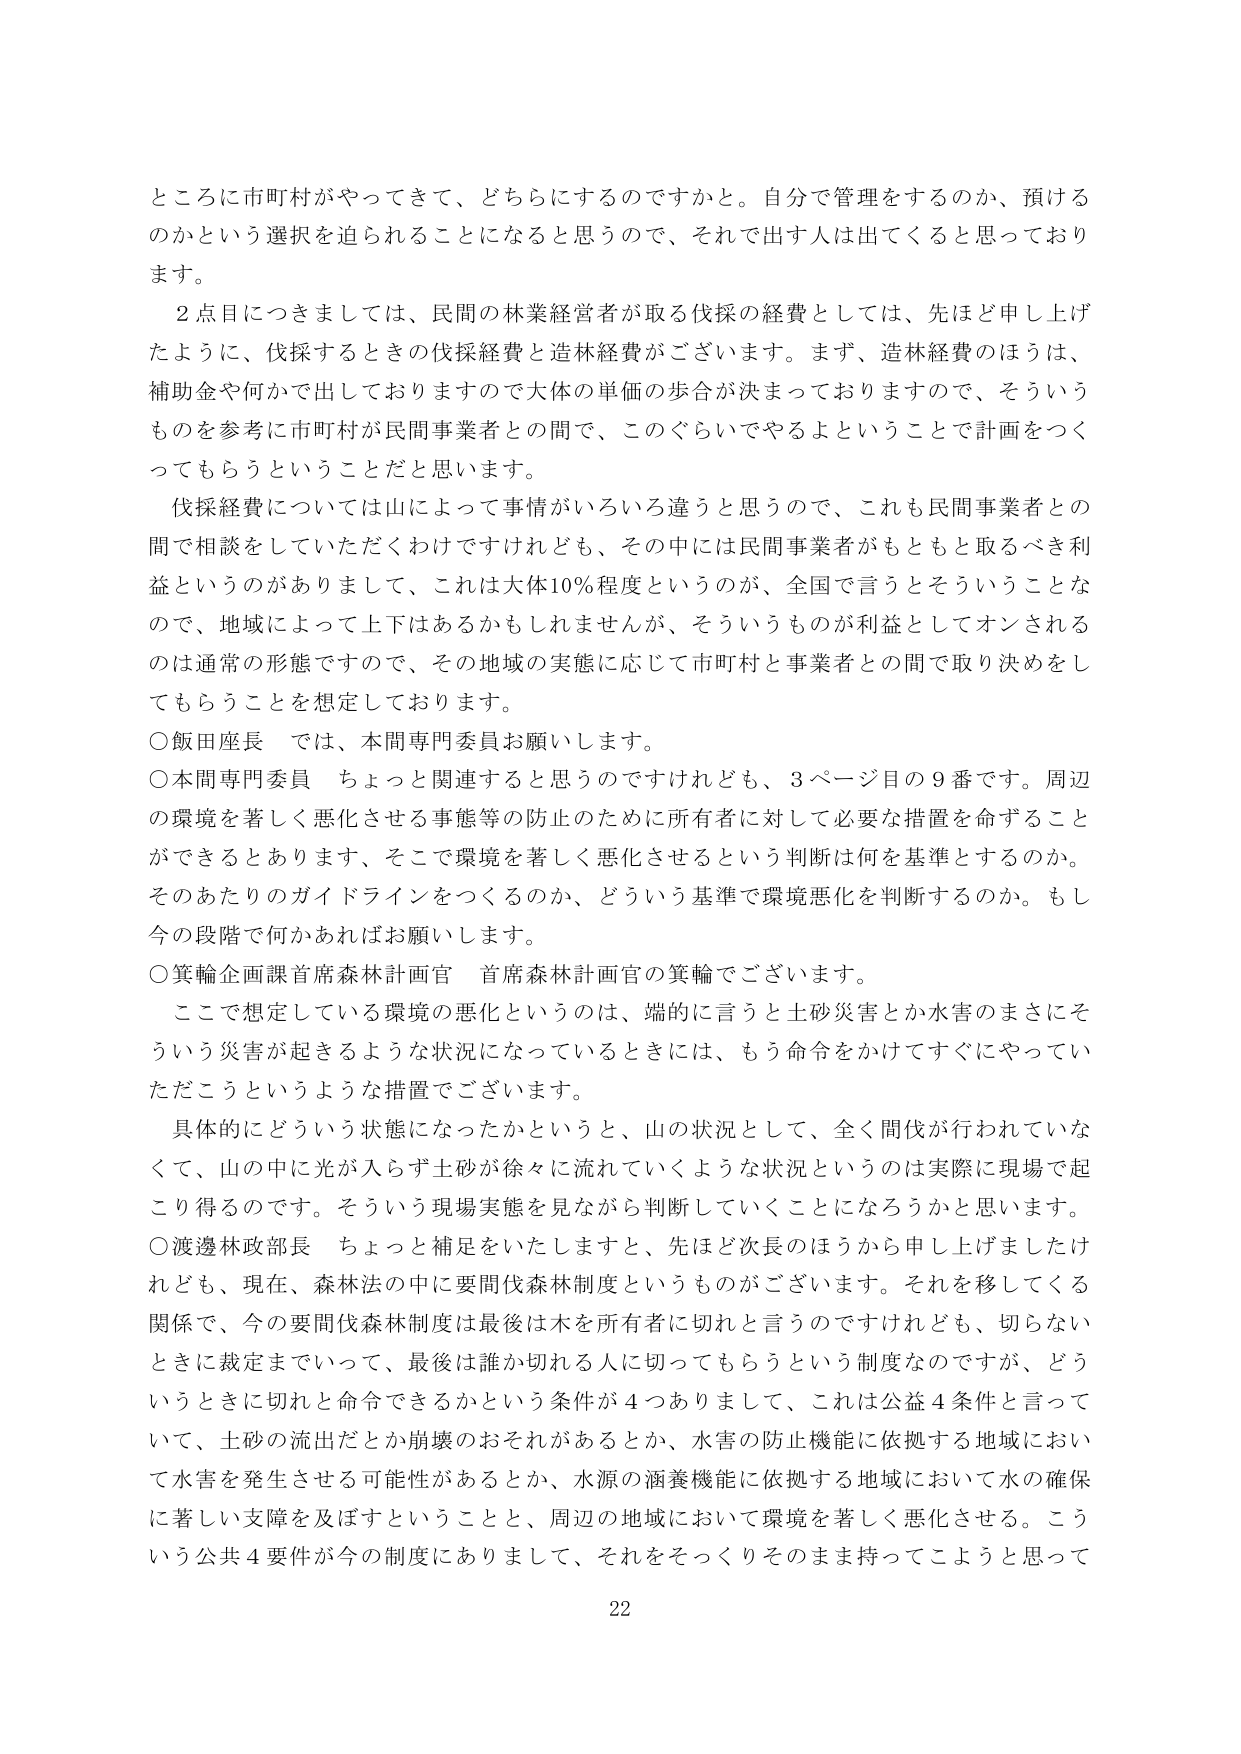
ところに市町村がやってきて、どちらにするのですかと。自分で管理をするのか、預けるのかという選択を迫られることになると思うので、それで出す人は出てくると思っております。

２点目につきましては、民間の林業経営者が取る伐採の経費としては、先ほど申し上げたように、伐採するときの伐採経費と造林経費がございます。まず、造林経費のほうは、補助金や何かで出しておりますので大体の単価の歩合が決まっておりますので、そういうものを参考に市町村が民間事業者との間で、このぐらいでやるよということで計画をつくってもらうということだと思います。

伐採経費については山によって事情がいろいろ違うと思うので、これも民間事業者との間で相談をしていただくわけですけれども、その中には民間事業者がもともと取るべき利益というのがありまして、これは大体10％程度というのが、全国で言うとそういうことなので、地域によって上下はあるかもしれませんが、そういうものが利益としてオンされるのは通常の形態ですので、その地域の実態に応じて市町村と事業者との間で取り決めをしてもらうことを想定しております。

○飯田座長　では、本間専門委員お願いします。

○本間専門委員　ちょっと関連すると思うのですけれども、３ページ目の９番です。周辺の環境を著しく悪化させる事態等の防止のために所有者に対して必要な措置を命ずることができるとあります、そこで環境を著しく悪化させるという判断は何を基準とするのか。そのあたりのガイドラインをつくるのか、どういう基準で環境悪化を判断するのか。もしこの段階で何かあればお願いします。

○箕輪企画課首席森林計画官　首席森林計画官の箕輪でございます。

ここで想定している環境の悪化というのは、端的に言うと土砂災害とか水害のまさにそういう災害が起きるような状況になっているときには、もう命令をかけてすぐにやっていただくこういうような措置でございます。

具体的にどういう状態になったかというと、山の状況として、全く間伐が行われていなくて、山の中に光が入らず土砂が徐々に流れていくような状況というのは実際に現場で起こり得るのです。そういう現場実態を見ながら判断していくことになるろうかと思います。

○渡邊林政部長　ちょっと補足をいたしますと、先ほど次長のほうから申し上げましたけれども、現在、森林法の中に要間伐森林制度というものがございます。それを移してくる関係で、今の要間伐森林制度は最後は木を所有者に切れと言うのですけれども、切らないときに裁定までいって、最後は誰か切れる人に切ってもらうという制度なのですが、どういうときに切れと命令できるかという条件が４つありまして、これは公益４条件と言っていて、土砂の流出だとか崩壊のおそれがあるとか、水害の防止機能に依拠する地域において水害を発生させる可能性があるとか、水源の涵養機能に依拠する地域において水の確保に著しい支障を及ぼすということと、周辺の地域において環境を著しく悪化させる。こういう公共４要件が今の制度にありまして、それをそっくりそのまま持ってこようと思って

22